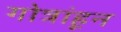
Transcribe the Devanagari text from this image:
गोत्रांहून